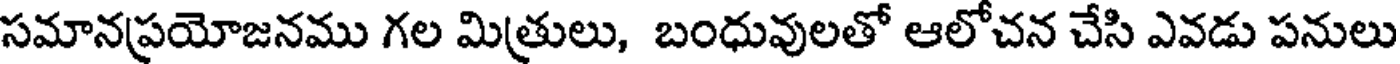
సమానప్రయోజనము గల మిత్రులు, బంధువులతో ఆలోచన చేసి ఎవడు పనులు